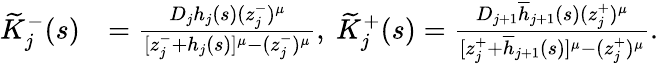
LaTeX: \begin{array}{rl}{\widetilde{K}_{j}^{-}(s)}&{=\frac{D_{j}h_{j}(s)(z_{j}^{-})^{\mu}}{[z_{j}^{-}+h_{j}(s)]^{\mu}-(z_{j}^{-})^{\mu}},\ \widetilde{K}_{j}^{+}(s)=\frac{D_{j+1}\overline{{h}}_{j+1}(s)(z_{j}^{+})^{\mu}}{[z_{j}^{+}+\overline{{h}}_{j+1}(s)]^{\mu}-(z_{j}^{+})^{\mu}}.}\end{array}